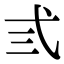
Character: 弎